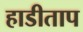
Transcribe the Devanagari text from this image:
हाडीताप